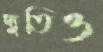
দ্যুতিও